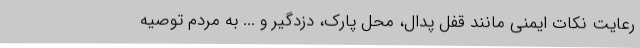
رعایت نکات ایمنی مانند قفل پدال، محل پارک، دزدگیر و ... به مردم توصیه